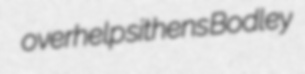
overhelp sithens Bodley